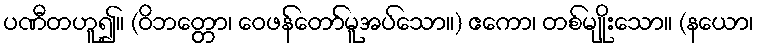
ပဏီတဟူ၍။ (ဝိဘတ္တော၊ ဝေဖန်တော်မူအပ်သော။) ဧကော၊ တစ်မျိုးသော။ (နယော၊